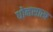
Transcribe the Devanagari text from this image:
धोनसाख